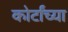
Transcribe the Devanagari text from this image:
कोर्टांच्या